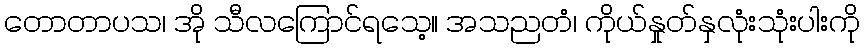
တောတာပသ၊ အို သီလကြောင်ရသေ့။ အသညတံ၊ ကိုယ်နှုတ်နှလုံးသုံးပါးကို